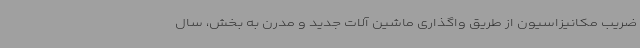
ضریب مکانیزاسیون از طریق واگذاری ماشین آلات جدید و مدرن به بخش، سال